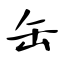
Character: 缶